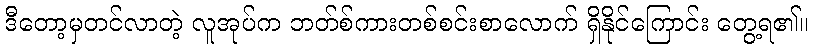
ဒီတော့မှတင်လာတဲ့ လူအုပ်က ဘတ်စ်ကားတစ်စင်းစာလောက် ရှိနိုင်ကြောင်း တွေ့ရ၏။